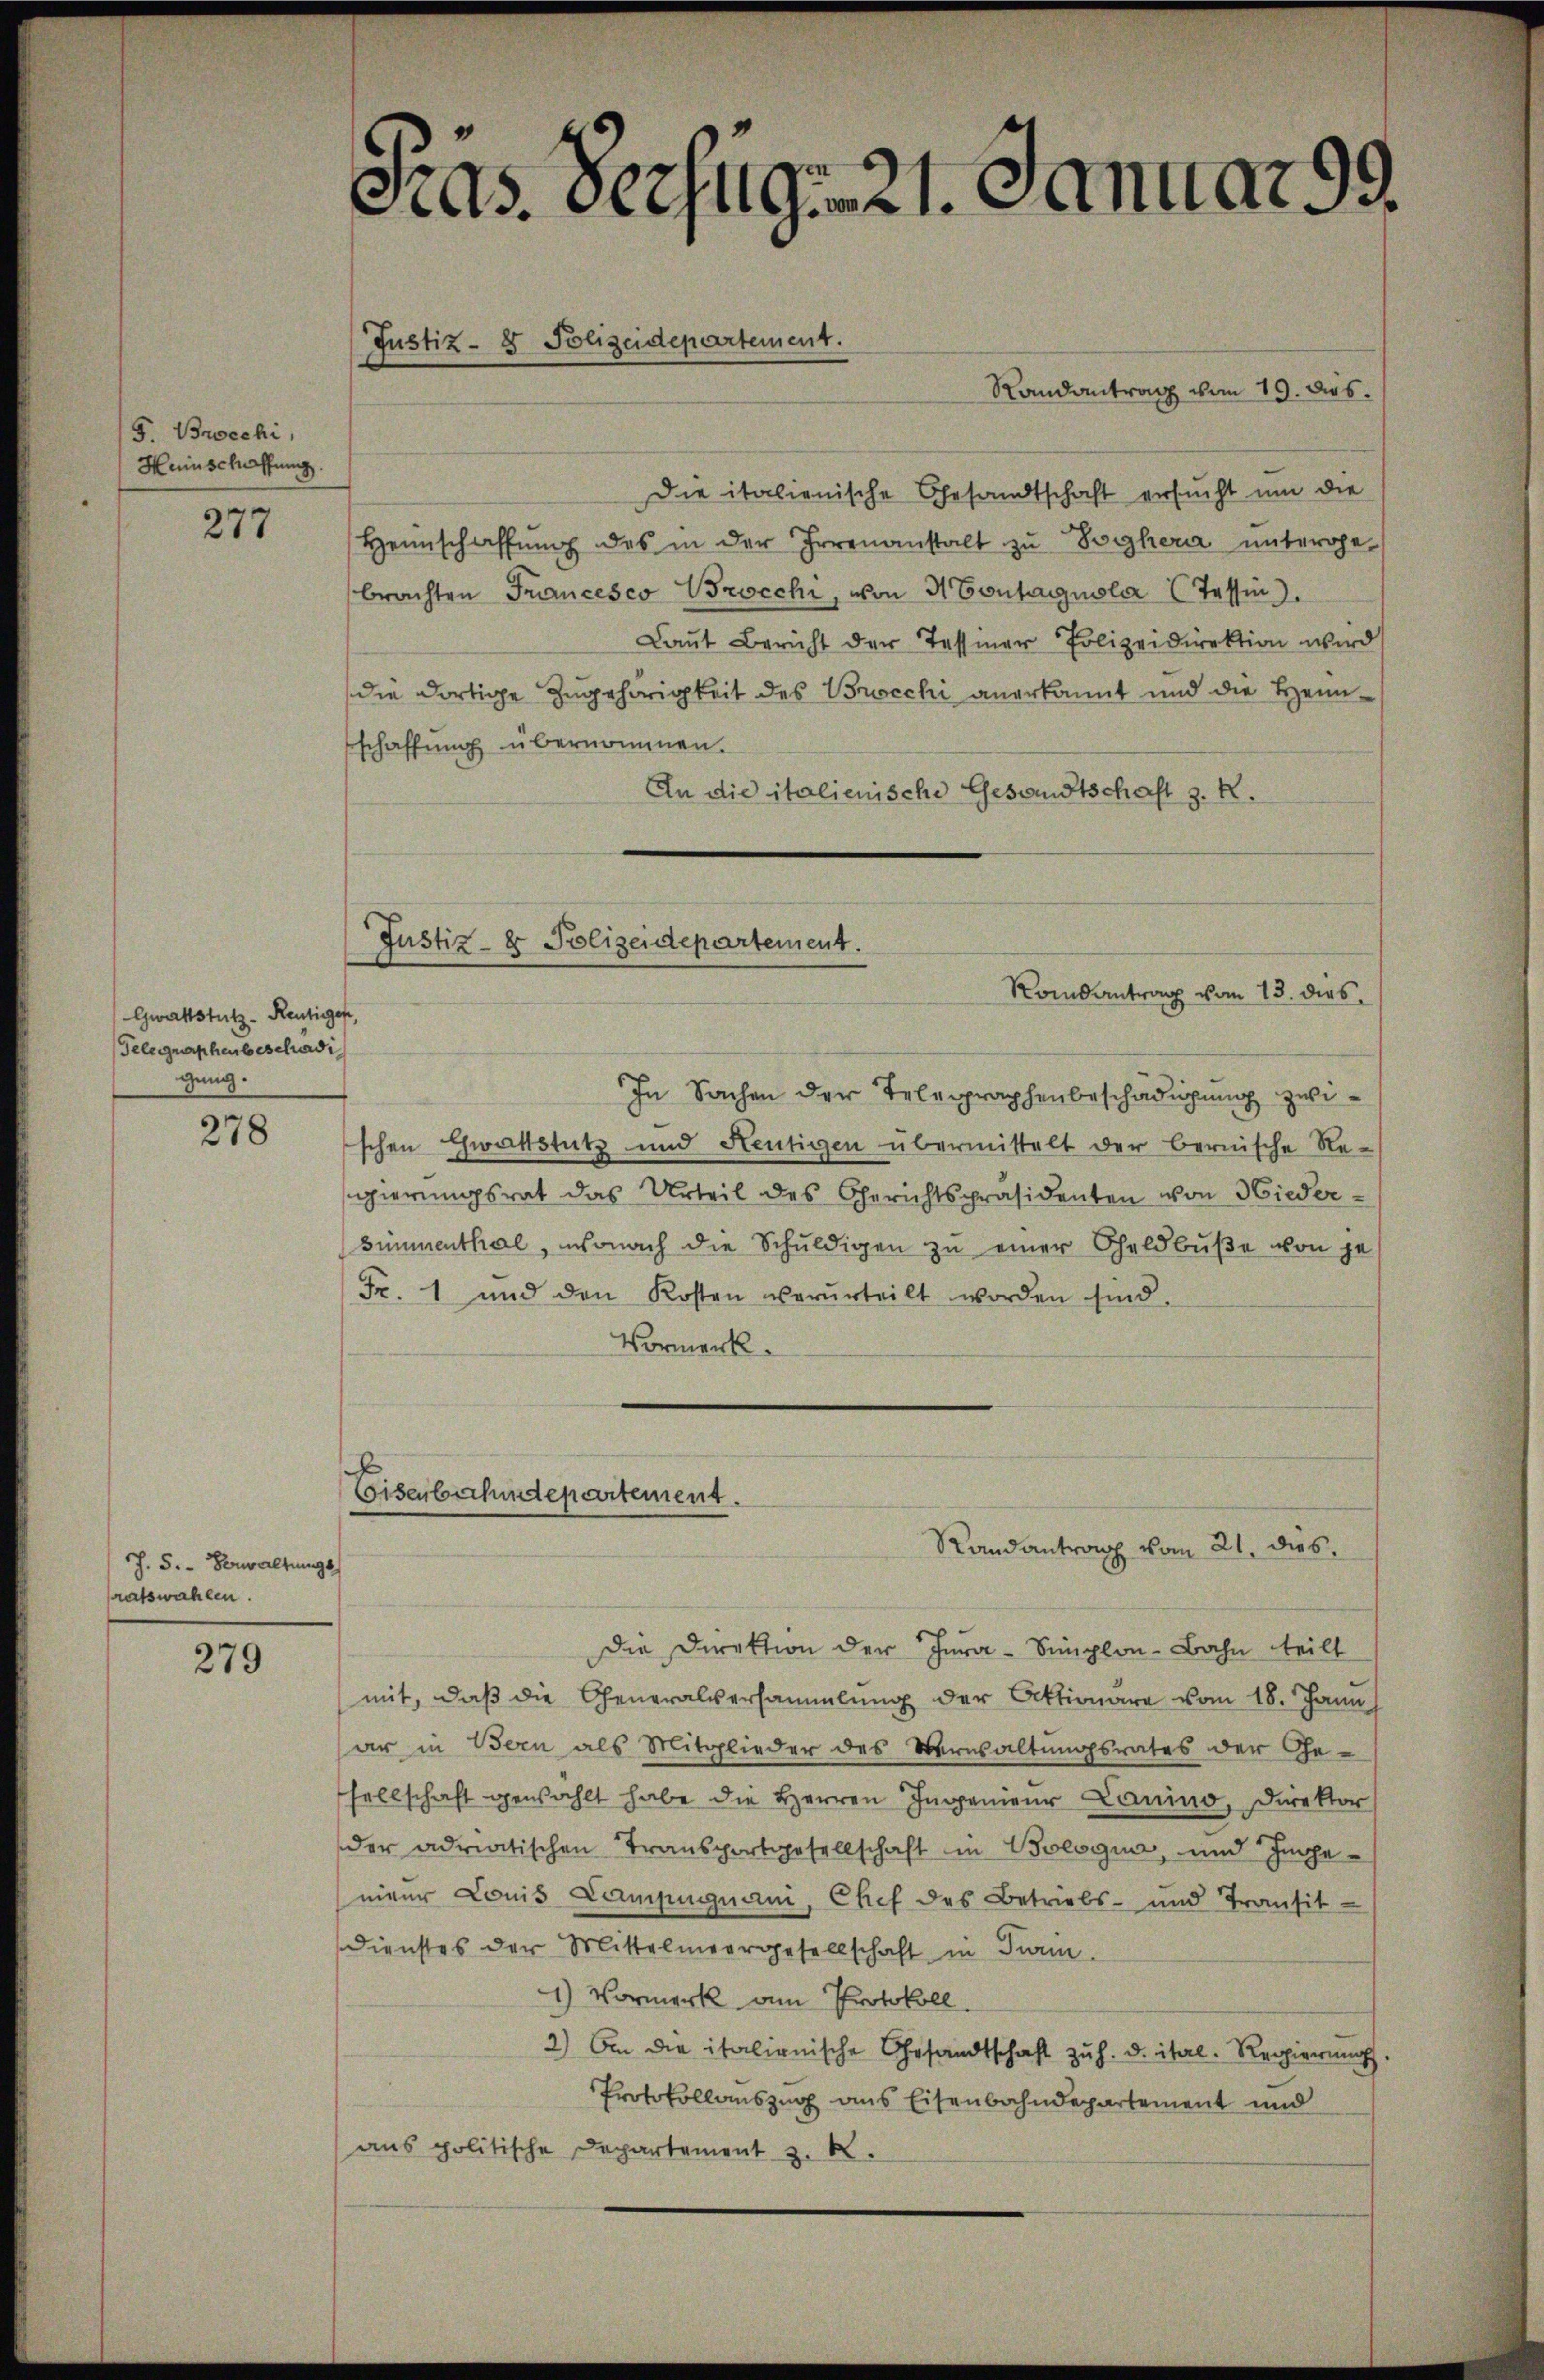
9. Brocchi,
Heinschaffung.

277

Gwaltstutz- Reutigen,
Telegraphenbeschädi
gung.

278

h. 5. Verwaltungs
ratswahlen.

279

s
as. Verzug. 21. Januar 99.
Justiz- & Polizeidepartement.
Randantrag vom 19. dies

Die italienische Gesandtschaft ersucht um die
Heimschaffŭng des in der Irrenanstalt zu Vorher unterge-
brachten Francesco Brocchi, von Montagnola (Tessin.
Laut Bericht der Tessiner Polizeidirektion wird
die dortige Zugehörigkeit des Brocchi anerkannt und die Heimschaffung übernommen.
An die italienische Gesandtschaft z. R.
Justiz- & Polizeidepartement.
Rondantrag vom 13. dies
In Sachen der Telegraphenbeschädigung zwischen Chwattstutz und Heutigen übermittelt der bernische Re-
gierungsrat das Urteil des Gerichtspräsidenten von Wieder¬
Simmenthal, wonach die Schŭldigen zŭ einer Geldbuße von je
Fr. 1 und den Kosten verurteilt worden sind.
Vormerk.

Eisenbehindepartement.

Randantrag vom 21. dies

Die Direktion der Jura-Simplon-Bahn teilt
mit, daβ die Generalversammlung der Aktionare vom 18. Janu
ar in Bern als Mitglieder des Verwaltungsrates der Ge-
sellschaft gewählt habe die Herren Ingenieur Lanino, Direktor
der adriatischen Transportgesellschaft in Bologia, und Inha
nieur Louis Lampugnani, Chef des Betriebs- und Transit
Dienstes der Mittelmeergesellschaft in Turin
1) Vormerk am Protokoll.
2) An die italienische Gesandtschaft zu h. d. ital. Regierung
Protokollauszug aus Eisenbahndepartement und
ans politische Departement z. B.